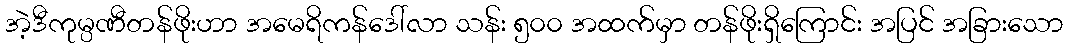
အဲ့ဒီကုမ္ပဏီတန်ဖိုးဟာ အမေရိကန်ဒေါ်လာ သန်း ၅၀၀ အထက်မှာ တန်ဖိုးရှိကြောင်း အပြင် အခြားသော